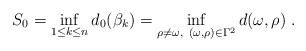
\begin{align*}S_0=\inf_{1\leq k\leq n} d_0( \beta_k) = \inf_{\rho \neq \omega ,\ (\omega,\rho )\in \Gamma^2} d(\omega ,\rho )\; .\end{align*}